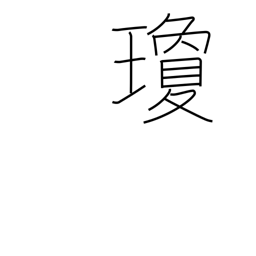
Meaning: red jewel